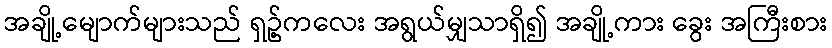
အချို့မျောက်များသည် ရှဥ့်ကလေး အရွယ်မျှသာရှိ၍ အချို့ကား ခွေး အကြီးစား